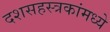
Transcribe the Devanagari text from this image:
दशसहस्त्रकांमध्ये